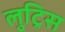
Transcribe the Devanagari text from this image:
लुट्रिस